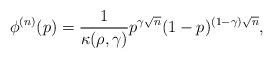
LaTeX: \begin{align*}\phi^{(n)}(p) = \frac{1}{\kappa(\rho,\gamma)} p^{\gamma \sqrt{n}} (1-p)^{(1-\gamma)\sqrt{n}},\end{align*}